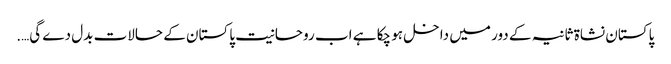
پاکستان نشاۃ ثانیہ کے دور میں داخل ہو چکا ہے اب روحانیت پاکستان کے حالات بدل دے گی….